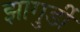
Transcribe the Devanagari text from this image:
झागुर्डी